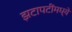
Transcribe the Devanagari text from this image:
झटापटींमध्ये